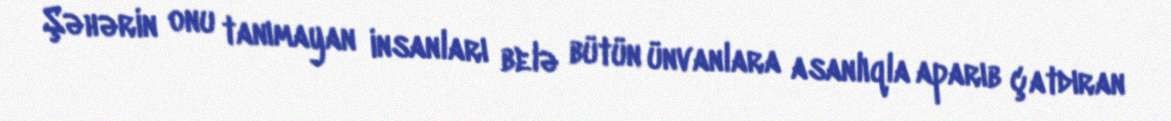
Şəhərin onu tanımayan insanları belə bütün ünvanlara asanlıqla aparıb çatdıran